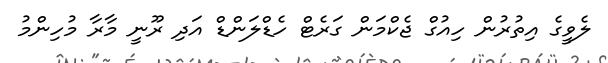
ލެވީގެ އިތުރުން ހިއުގް ޖެކްމަން ގަރެޓް ހެޑްލަންޑް އަދި ރޫނީ މާރާ މުހިންމު